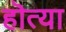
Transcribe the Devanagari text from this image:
हॊत्या